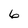
Character: 6